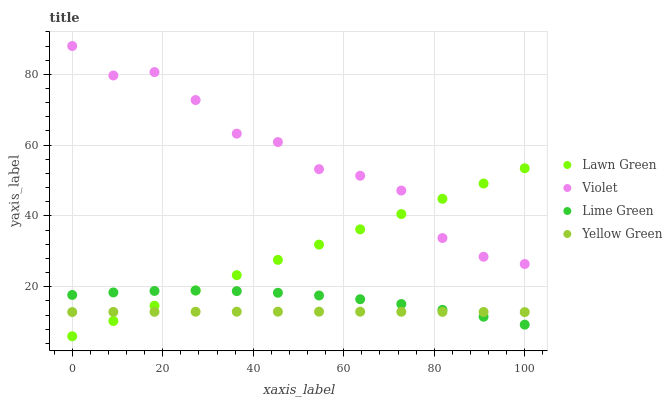
| xaxis_label | Lawn Green | Violet | Lime Green | Yellow Green |
 | --- | --- | --- | --- | --- |
 | 0 | 6 | 88 | 17.7 | 12.8 |
 | 9.09 | 10.3 | 79.7 | 18.4 | 12.9 |
 | 18.2 | 14.6 | 80.6 | 18.8 | 12.9 |
 | 27.3 | 18.9 | 72.7 | 18.9 | 12.9 |
 | 36.4 | 23.3 | 63.2 | 18.7 | 12.9 |
 | 45.5 | 27.6 | 60.9 | 18.3 | 12.9 |
 | 54.5 | 31.9 | 53.2 | 17.5 | 12.9 |
 | 63.6 | 36.2 | 51.3 | 16.5 | 12.9 |
 | 72.7 | 40.5 | 47.2 | 15.1 | 12.9 |
 | 81.8 | 44.8 | 33.7 | 13.5 | 12.9 |
 | 90.9 | 49.2 | 28.5 | 11.5 | 12.9 |
 | 100 | 53.5 | 26.4 | 9.28 | 12.8 |